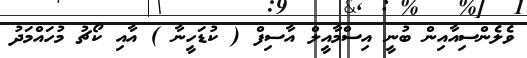
ވެލެންސިއާއިން ބުނީ އިސްމާއީލް އާސިފް ( ކުޑަހީނާ ) އާއި ކޯޗު މުހައްމަދު